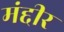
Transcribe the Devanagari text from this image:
मंद्दीर